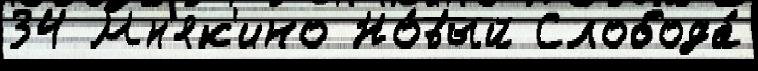
34 Мн'як'ино Но́вый Слобода́